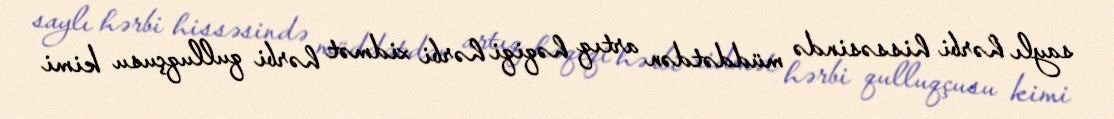
saylı hərbi hissəsində müddətdən artıq həqiqi hərbi xidmət hərbi qulluqçusu kimi